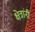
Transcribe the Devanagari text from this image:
क्षेत्रांनी